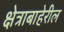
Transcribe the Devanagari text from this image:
क्षेत्राबाहेरील